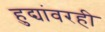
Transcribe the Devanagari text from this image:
हुद्यांवरही